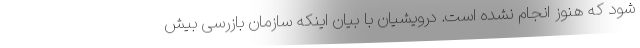
شود که هنوز انجام نشده است. درویشیان با بیان اینکه سازمان بازرسی بیش